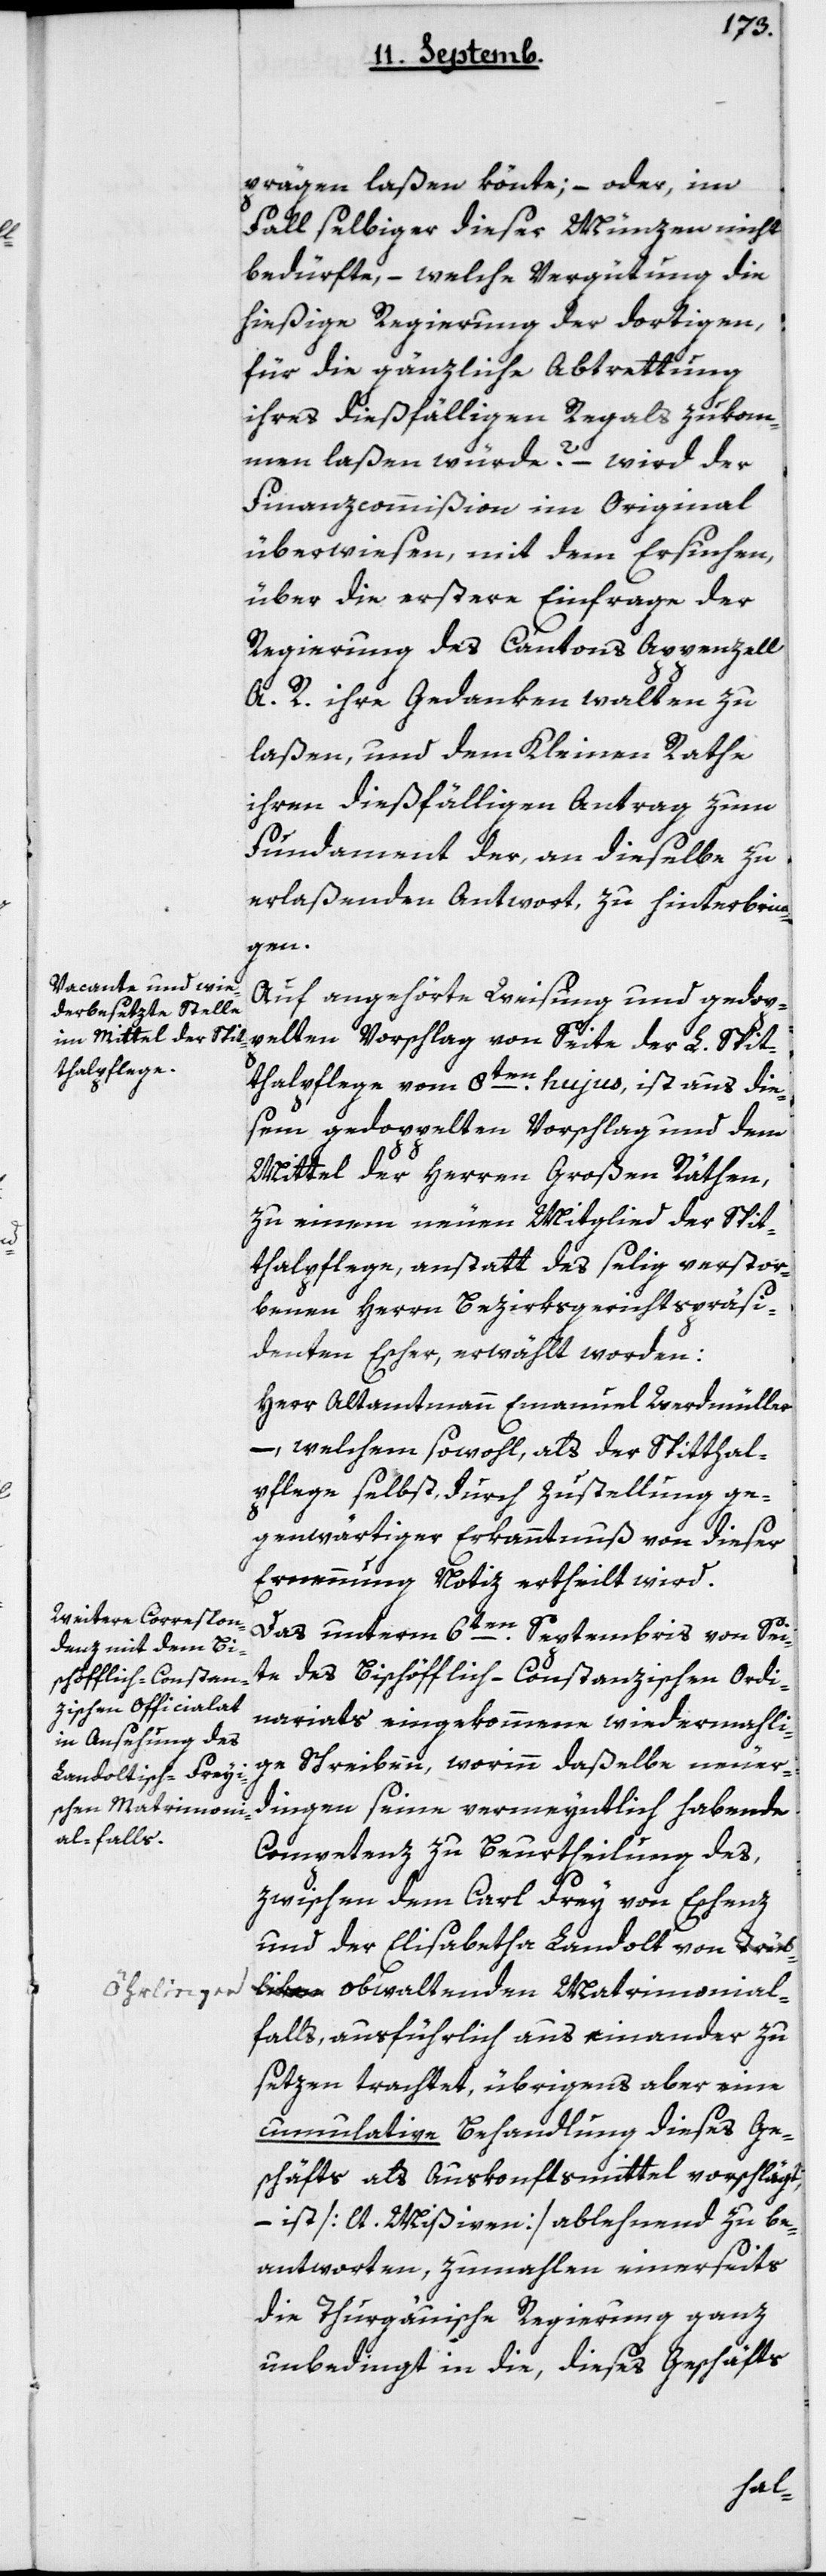
prägen laßen könnte; – oder im
Fall selbiger dieser Münzen nicht
bedürfe, – welche Vergütung die
hießige Regierung der dortigen,
für die gänzliche Abtretung
ihres dießfälligen Regals zukom¬
men laßen würde? – wird der
Finanzcommißion im Original
überwiesen, mit dem Ersuchen,
über die erstere Einfrage der
Regierung des Cantons Appenzell
A. R. ihre Gedanken walten zu
laßen, und dem Kleinen Rathe
ihren dießfälligen Antrag zum
Fundament der, an dieselbe zu
erlaßenden Antwort zu hinterbrin¬
gen.
Auf angehörte Weisung und gedop¬
pelten Vorschlag von Seite der L. Spit¬
alpflege vom 8ten hujus, ist aus die¬
sem gedoppelten Vorschlag und dem
Mittel der Herren Großen Räthen,
zu einem neuen Mitglied der Spit¬
thalpflege, anstatt des selig verstor¬
benen Herrn Bezirksgerichtspräsi¬
denten Escher, erwählt worden:
Herr Altamtmann Emanuel Werdmüller,
– welchem sowohl, als der Spitthal¬
pflege selbst, durch Zustellung ge¬
genwärtiger Erkanntnuß von dieser
Ernennung Notiz ertheilt wird.
Das unterm 6ten Septembris von Sei¬
te des Bischöflich-Constanzischen Ordi¬
nariats eingekommene wiedermahli¬
ge Schreiben, worinn daßelbe neuer¬
dingen seine vermeyntlich habende
Competenz zu Beurtheilung des,
zwischen dem Carl Frey von Eschenz
und der Elisabetha Landolt von Oerl¬
ingen obwaltenden Matrimonial¬
falls, ausführlich auseinander zu
setzen trachtet, übrigens aber eine
cumulative Behandlung dieses Ge¬
schäfts als Auskonftsmittel vorschlägt,
– ist [lt. Mißiven] ablehnend zu be¬
antworten, zumahlen einerseits
die thurgauische Regierung ganz
unbedingt in die, dieses Geschäfts